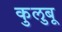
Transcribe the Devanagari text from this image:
कुलुबू